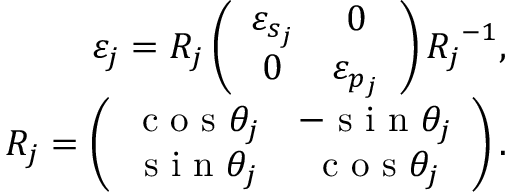
\begin{array} { r } { \varepsilon _ { j } = \boldsymbol { R _ { j } } \left( \begin{array} { c c } { \varepsilon _ { s _ { j } } } & { 0 } \\ { 0 } & { \varepsilon _ { p _ { j } } } \end{array} \right) \boldsymbol { R _ { j } } ^ { - 1 } , } \\ { \boldsymbol { R _ { j } } = \left( \begin{array} { c c } { \textrm { c o s } \theta _ { j } } & { - \textrm { s i n } \theta _ { j } } \\ { \textrm { s i n } \theta _ { j } } & { \textrm { c o s } \theta _ { j } } \end{array} \right) . } \end{array}